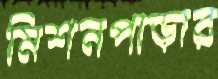
মিশনপাড়ার